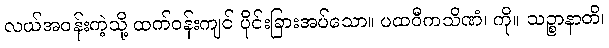
လယ်အဝန်းကဲ့သို့ ထက်ဝန်းကျင် ပိုင်းခြားအပ်သော။ ပထဝီကသိဏံ၊ ကို။ သဉ္စာနာတိ၊